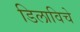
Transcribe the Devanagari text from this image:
डिलाविचे